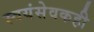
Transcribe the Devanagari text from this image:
स्वयंसेवकही